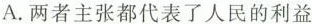
A.两者主张都代表了人民的利益